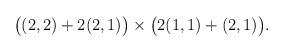
LaTeX: \begin{align*}\big( (2,2) + 2(2,1) \big) \times \big( 2(1,1) + (2,1) \big) .\end{align*}